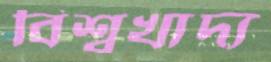
বিশ্বখাদ্য